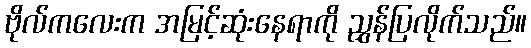
ဗိုလ်ကလေးက အမြင့်ဆုံးနေရာကို ညွှန်ပြလိုက်သည်။